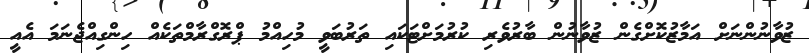
ޒުވާނުންނަށް އަމާޒުކޮށްގެން ޒުވާނުން ބާރުވެރި ކުރުމަށްޓަކައި ތަރުބަވީ މުހިއްމު ޕްރޮގްރާމްތަކެއް ހިންގިއްޖެނަމަ އެއީ